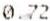
0.72